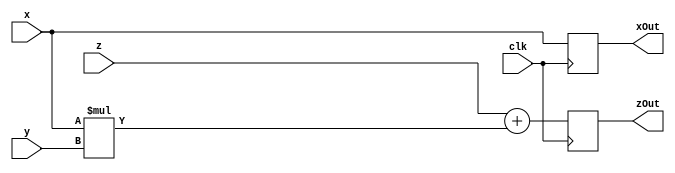
`timescale 1ns / 1ps
//////////////////////////////////////////////////////////////////////////////////
// Company: 
// Engineer: 
// 
// Design Name: 
// Module Name:    edgeCell 
// Project Name: 
// Target Devices: 
// Tool versions: 
// Description: 
//
// Dependencies: 
//
// Revision: 
// Revision 0.01 - File Created
// Additional Comments: 
//
//////////////////////////////////////////////////////////////////////////////////
module edgeCell(clk,
					 x,y,z,
					 xOut,zOut);
					 
parameter SZ = 8;
parameter mSZ = 16;

input clk;
input [SZ-1:0]x,y,z;
output [SZ-1:0]xOut,zOut;

reg [SZ-1:0]xReg = 0;
reg [SZ-1:0]zReg = 0;

wire [SZ-1:0]c,mS;
wire [mSZ-1:0]m;

assign m = x*y;
//assign mS = (m >> 8);
assign mS = m[7:0];
assign c = z + mS;	//Optimize

always@(posedge clk)
begin
xReg <= x;
zReg <= c;
end

assign xOut = xReg;
assign zOut = zReg;

					 

endmodule